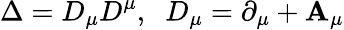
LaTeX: \Delta=D_{\mu}D^{\mu},\; \; D_{\mu}=\partial_{\mu}+\mathbf{A}_{\mu}